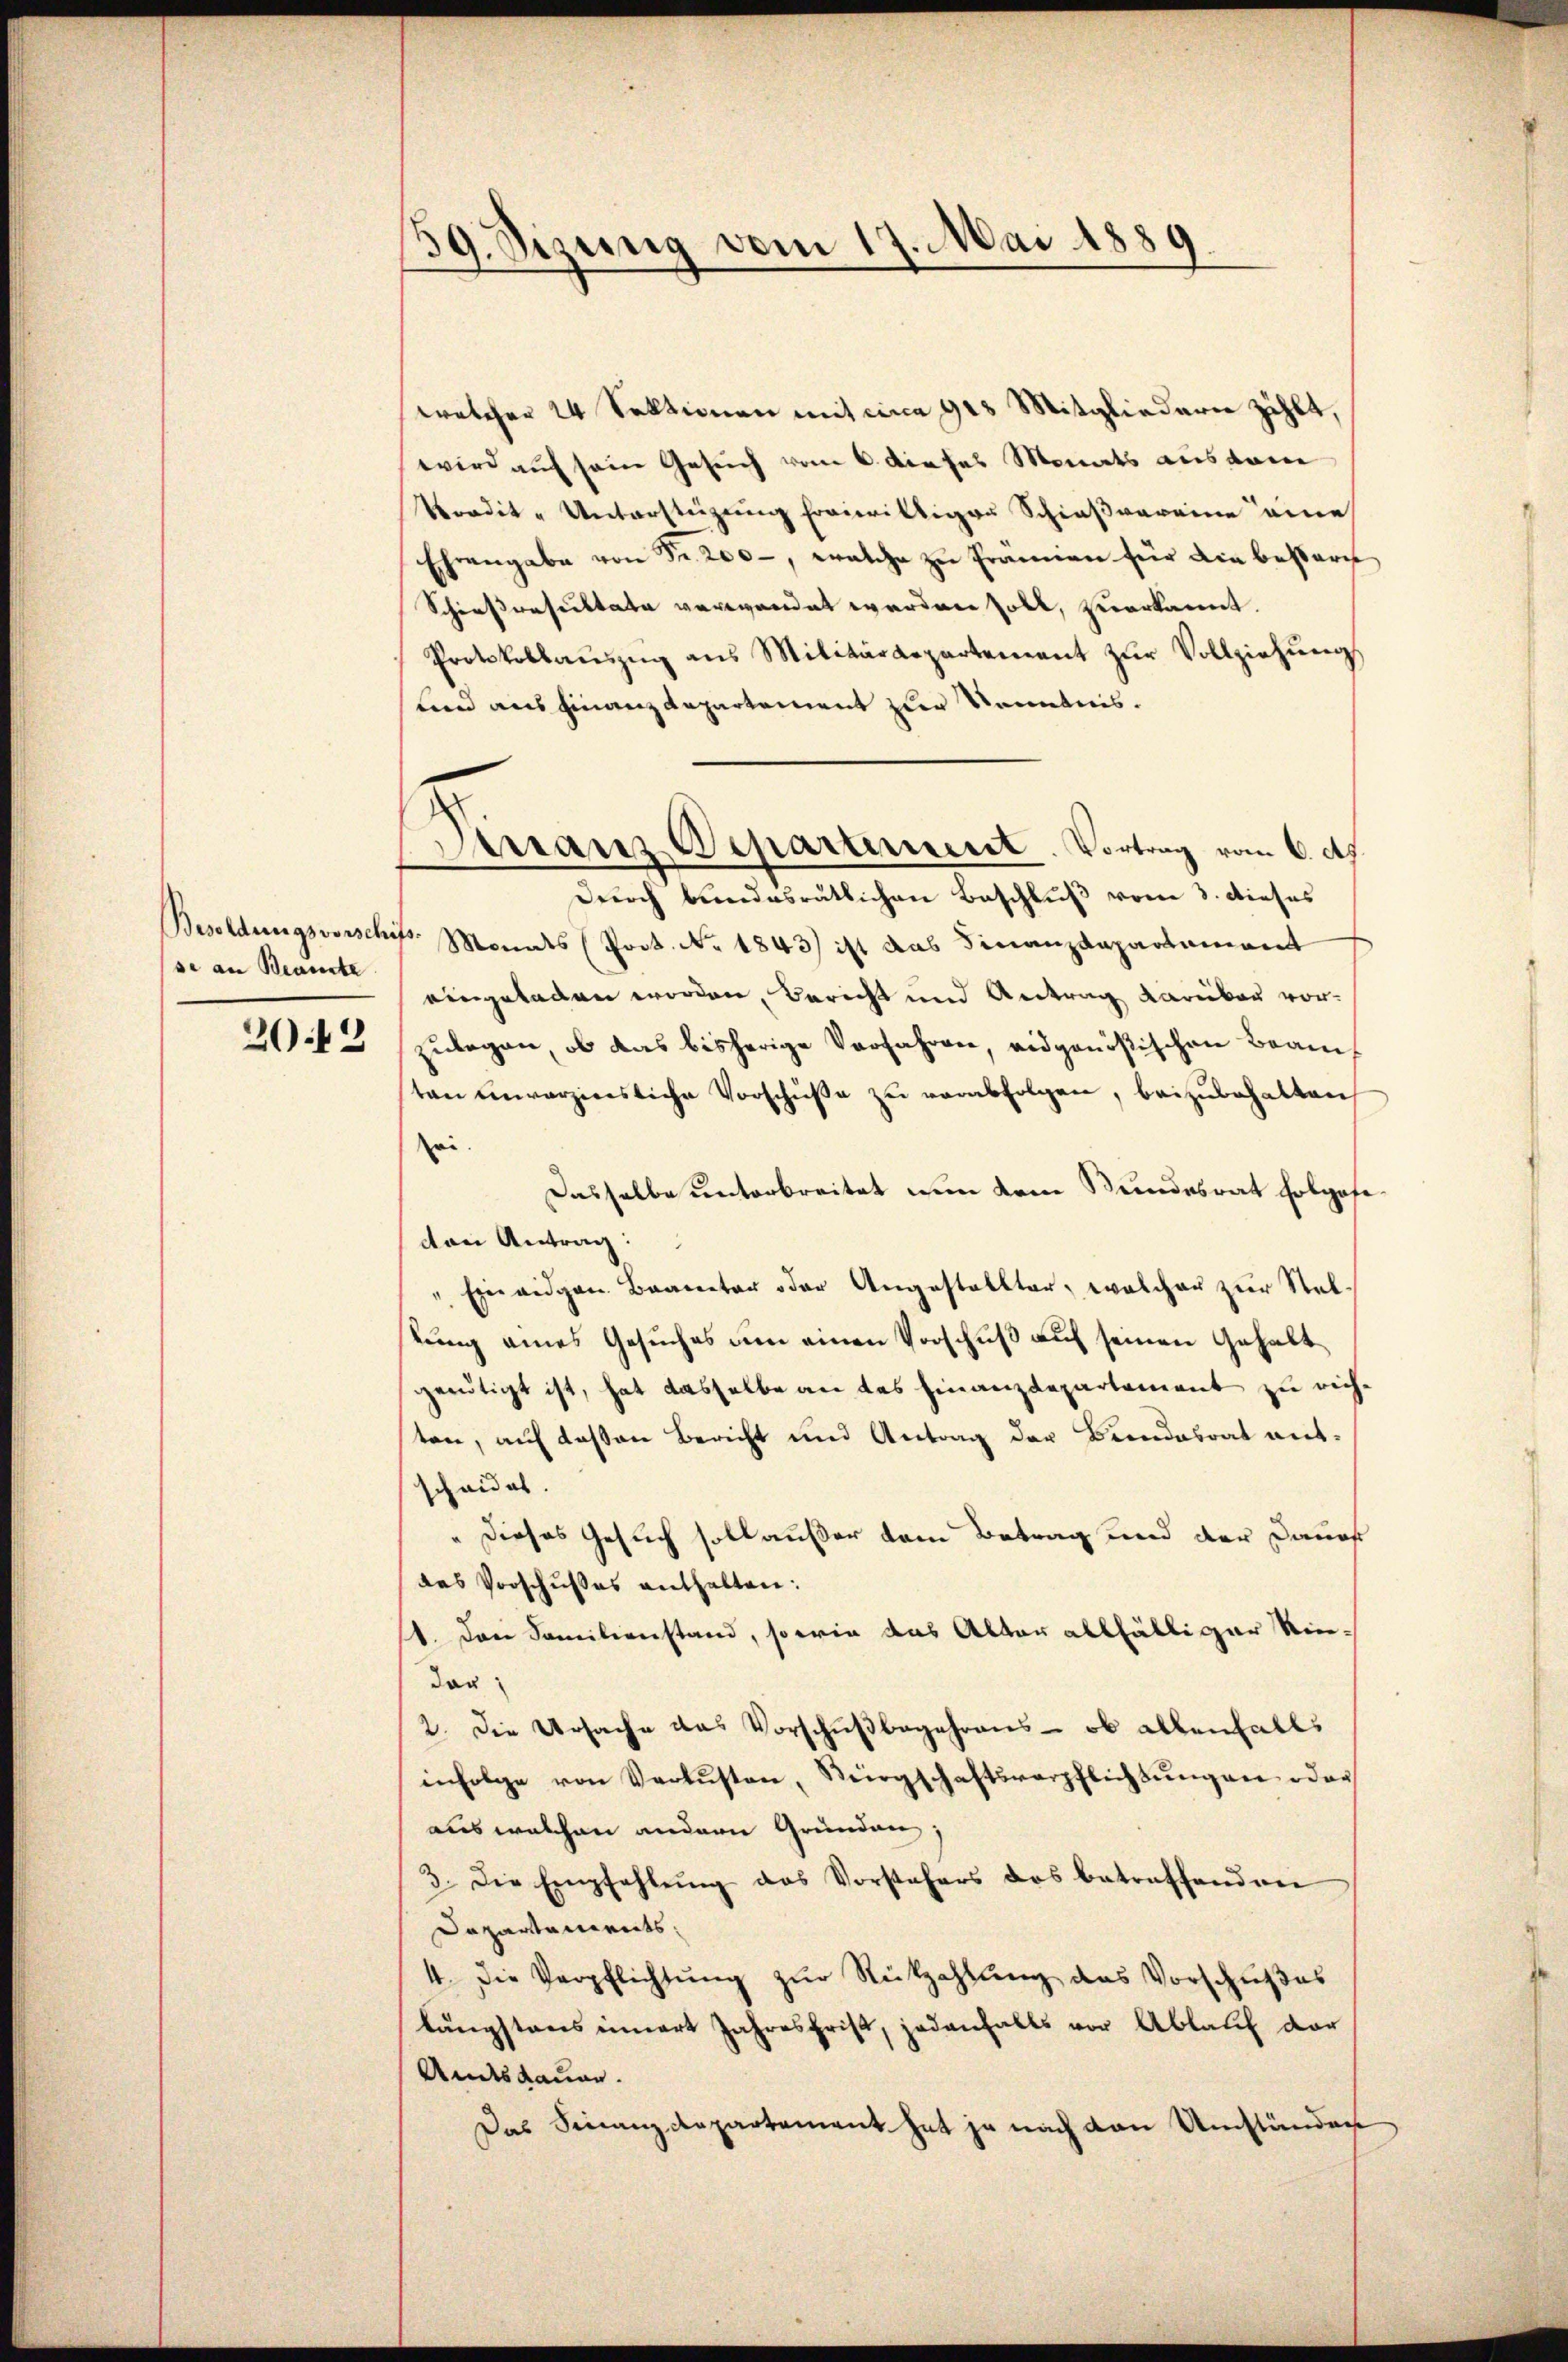
se an Beamte

2042

59. Sizung vom 17. Mai 1889.

walcher 24 Sektionen mit circa 918 Mitgliedern zählt,
wird auf sein Gesuch vom 6. dieses Monats aus dem
Vordit - Unterstüzung freiwilliger Schießvereine eine
Ehrengabe von Fr. 200, welche zu Prämien für die bessern,
Schießresultate vervordet werden soll, zuerkannt.
Protokollaŭszŭg ans Militärdepartement zŭr Vollziehŭng
stand aus Finanzdepartement zur Kenntnis.
Durch bundesrätlichen Beschluß vom 3. dieses
Besoldungsvorschifs. Monats (Poct. No 1843 ist das Finanzdepartament
eingeladen worden, Bericht und Antrag darüber vor-
zulegen, ob das bisherige Verfahren, eidgenößischen Beamsten unverzinsliche Vorschüße zu verabfolgen, beizubehalten
ei
Dasselbe unterbreitet nun dem Bundesrat folgofecon Antrag:
" Einigen Branetar oder Angestallter, welcher zur Stel-
tung eines Gesuches um einen Vorschuß auf seinen Gehalt
genötigt ist, hat dasselbe an das Finanzdepartement zu richten, auf deßen Bericht und Antrag der Beendesrat antscheidet.
Dieses Gesuch soll außer dem Betrag und der Daues
des Vorschußes enthalten:
1. Dann Familienstand, so wie das Alter allfälliger Riedag
2. Die Ursache das Vorschŭβbegehrens - ob allenfalls
infolge von Verlusten, Bürgschaftsverpflichtŭngen oder
aus welchen andern Gründen;
3. Die Empfehlŭng das Vorstehers des betreffenden
Dapartements.
4. Die Verpflichtŭng zŭr Rückzahlŭng das Vorschŭβes
längstens innert Jahresfrist, jedenfalls vor Ablauf dar
Amtsdauer.
Das Finanzdepartement hat je nach den Umständen

Tirranz Departement. Vortrag vom 6. ds.